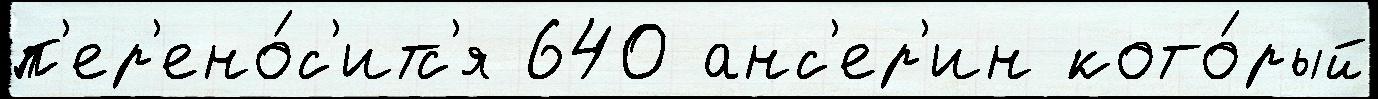
п'ер'ено́с'итс'я 640 анс'ер'ин кото́рый